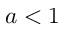
a < 1